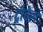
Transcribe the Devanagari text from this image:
ट्रोवेल